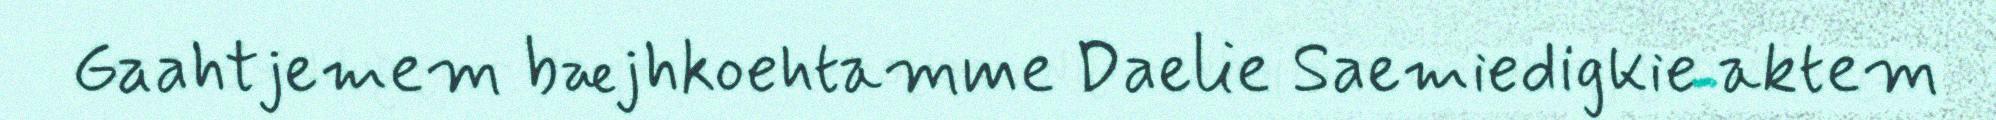
Gaahtjemem bæjhkoehtamme Daelie Saemiedigkie aktem